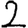
Digit: 2